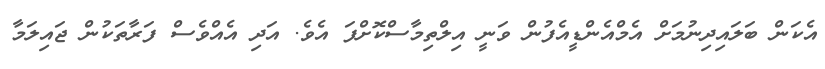
އެކަން ބަލައިދިނުމަށް އެމްއެންޑީއެފުން ވަނީ އިލްތިމާސްކޮށްފަ އެވެ. އަދި އެއްވެސް ފަރާތަކުން ޖައިލަމާ